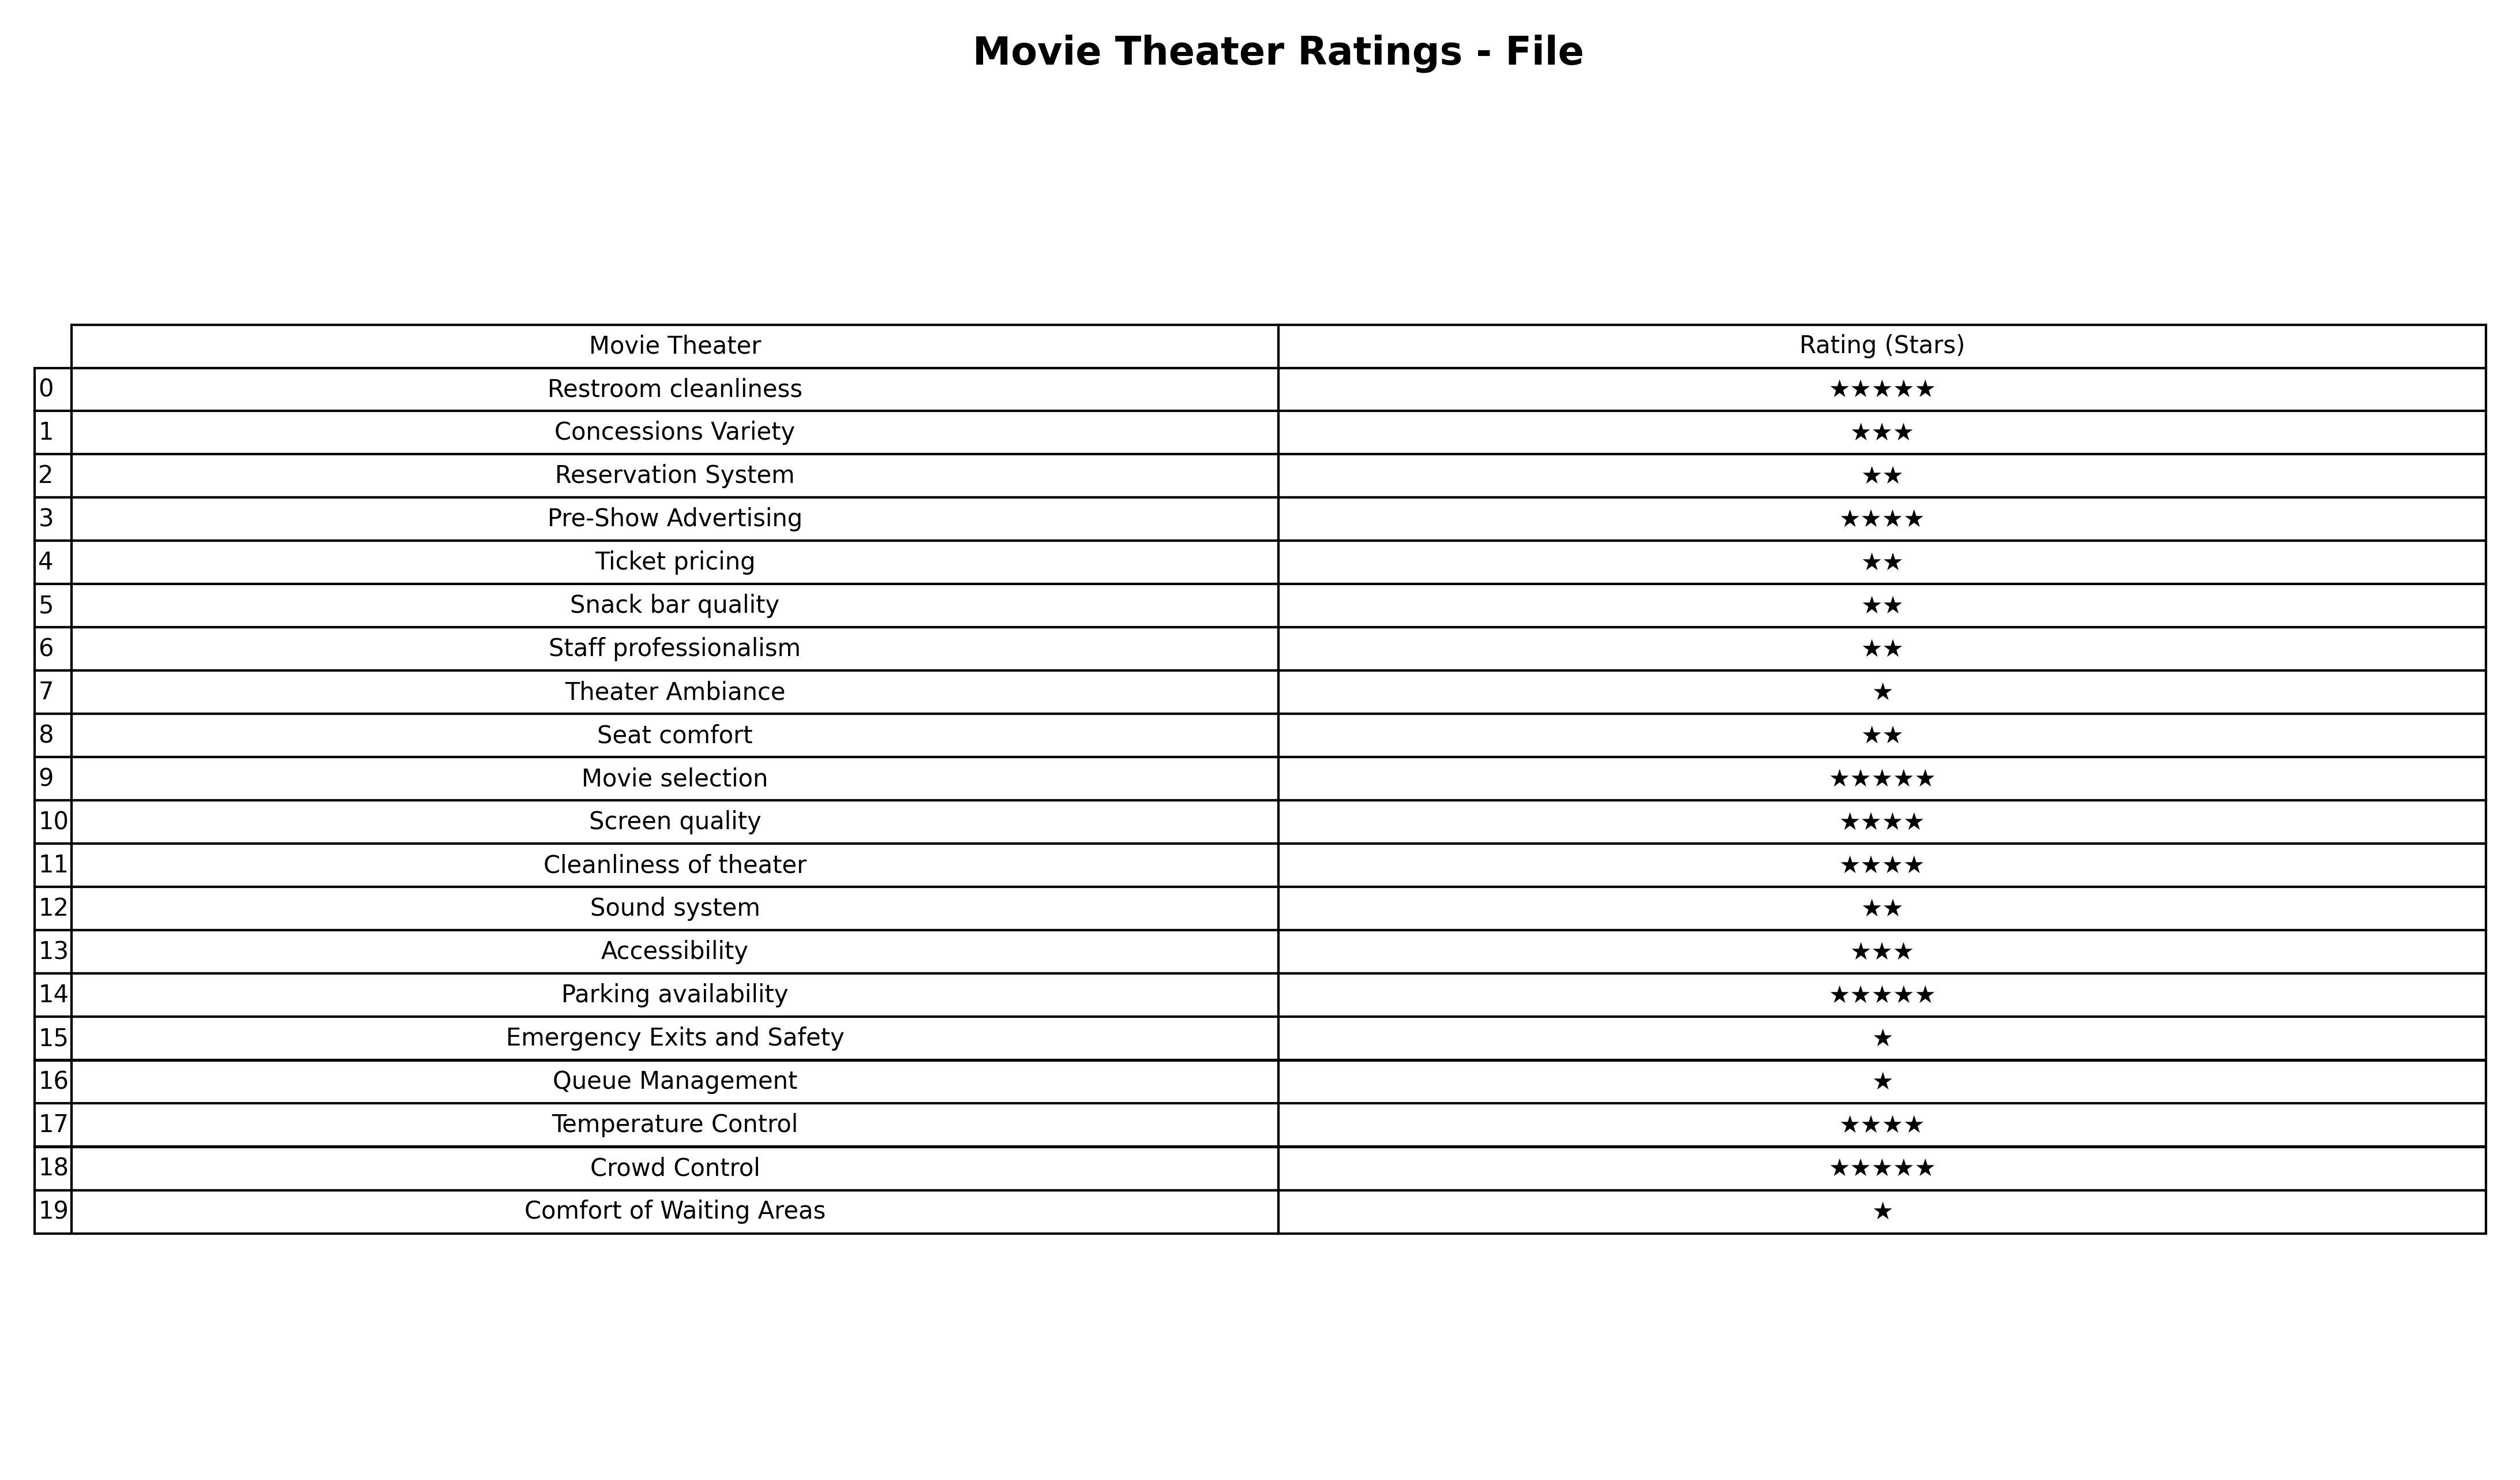
question: What is the rating of Reservation System?
answer: ★★